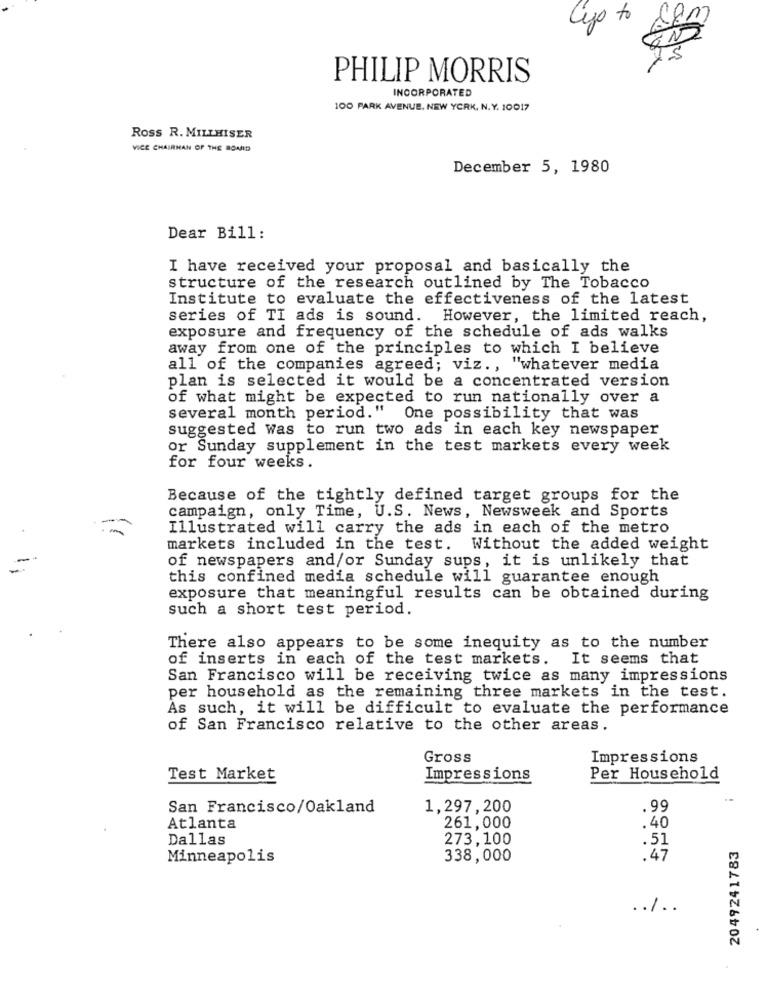
go to
PHILIP MORRIS
INCORPORATED
100 PARK AVENUE, NEW YORK, N.Y. 10017
ROSS R. MILLHISER
VICE CHAIRMAN OF THE BOMID
December 5, 1980
Dear Bill:
I have received your proposal and basically the
structure of the research outlined by The Tobacco
Institute to evaluate the effectiveness of the latest
series of TI ads is sound. However, the limited reach,
exposure and frequency of the schedule of ads walks
away from one of the principles to which I believe
all of the companies agreed; viz ., "whatever media
plan is selected it would be a concentrated version
of what might be expected to run nationally over a
several month period." One possibility that was
suggested Was to run two ads in each key newspaper
or Sunday supplement in the test markets every week
for four weeks.
Because of the tightly defined target groups for the
campaign, only Time, U.S. News, Newsweek and Sports
Illustrated will carry the ads in each of the metro
markets included in the test. Without the added weight
of newspapers and/or Sunday sups, it is unlikely that
this confined media schedule will guarantee enough
exposure that meaningful results can be obtained during
such a short test period.
There also appears to be some inequity as to the number
of inserts in each of the test markets.
It seems that
San Francisco will be receiving twice as many impressions
per household as the remaining three markets in the test.
As such, it will be difficult to evaluate the performance
of San Francisco relative to the other areas.
Gross
Impressions
Test Market
Impressions
Per Household
San Francisco/Oakland
1,297,200
.99
Atlanta
261,000
.40
Dallas
273,100
.51
2049241783
Minneapolis
338,000
.47
.. / ..